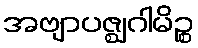
အဗျာပဇ္ဈဂါမိဉ္စ